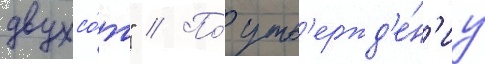
двухсо́т" // По́ утв'ержд'е́н'иу